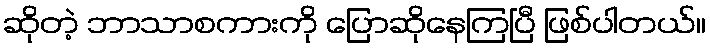
ဆိုတဲ့ ဘာသာစကားကို ပြောဆိုနေကြပြီ ဖြစ်ပါတယ်။